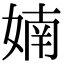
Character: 婻